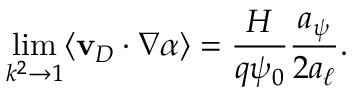
\operatorname* { l i m } _ { k ^ { 2 } \rightarrow 1 } \langle \mathbf { v } _ { D } \cdot \nabla \alpha \rangle = \frac { H } { q \psi _ { 0 } } \frac { a _ { \psi } } { 2 a _ { \ell } } .